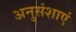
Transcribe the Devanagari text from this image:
अनुसंशाएं